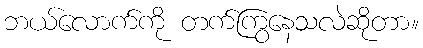
ဘယ်လောက်ကို တက်ကြွနေသလဲဆိုတာ။